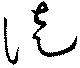
徒